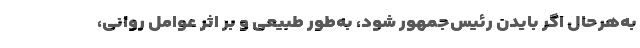
به‌هر‌حال اگر بایدن رئیس‌جمهور شود، به‌طور طبیعی و بر اثر عوامل روانی،